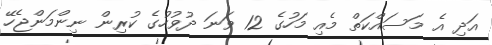
އަދި އެ މަސައްކަތް މެއި މަހުގެ 12 ވަނަ ދުވުހުގެ ކުރިން ނިންމަންޖެހޭ